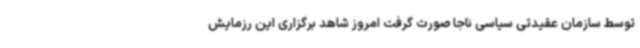
توسط سازمان عقیدتی سیاسی ناجا صورت گرفت امروز شاهد برگزاری این رزمایش